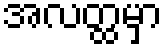
အလတ္ထမှာ